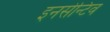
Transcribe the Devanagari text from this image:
इनसेन्टिव